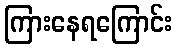
ကြားနေရကြောင်း